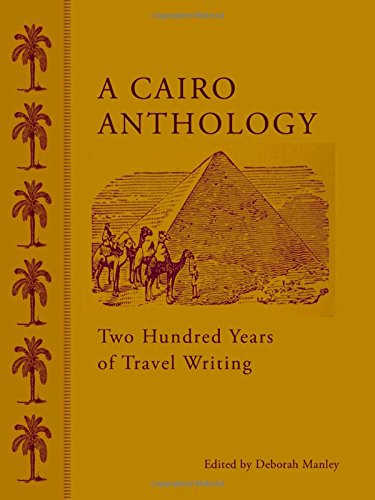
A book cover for A Cairo Anthology: Two Hundred Years of Travel Writing; Travel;